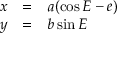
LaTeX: \begin{array} { l c l } { x } & { = } & { a ( \cos E - e ) } \\ { y } & { = } & { b \sin E } \end{array}